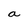
Character: a